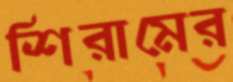
শিরামের